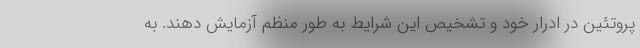
پروتئین در ادرار خود و تشخیص این شرایط به طور منظم آزمایش دهند. به